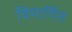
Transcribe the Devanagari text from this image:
विमार्गित